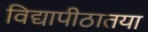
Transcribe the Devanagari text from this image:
विद्यापीठातया